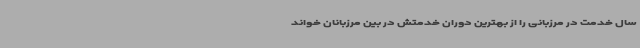
سال خدمت در مرزبانی را از بهترین دوران خدمتش در بین مرزبانان خواند